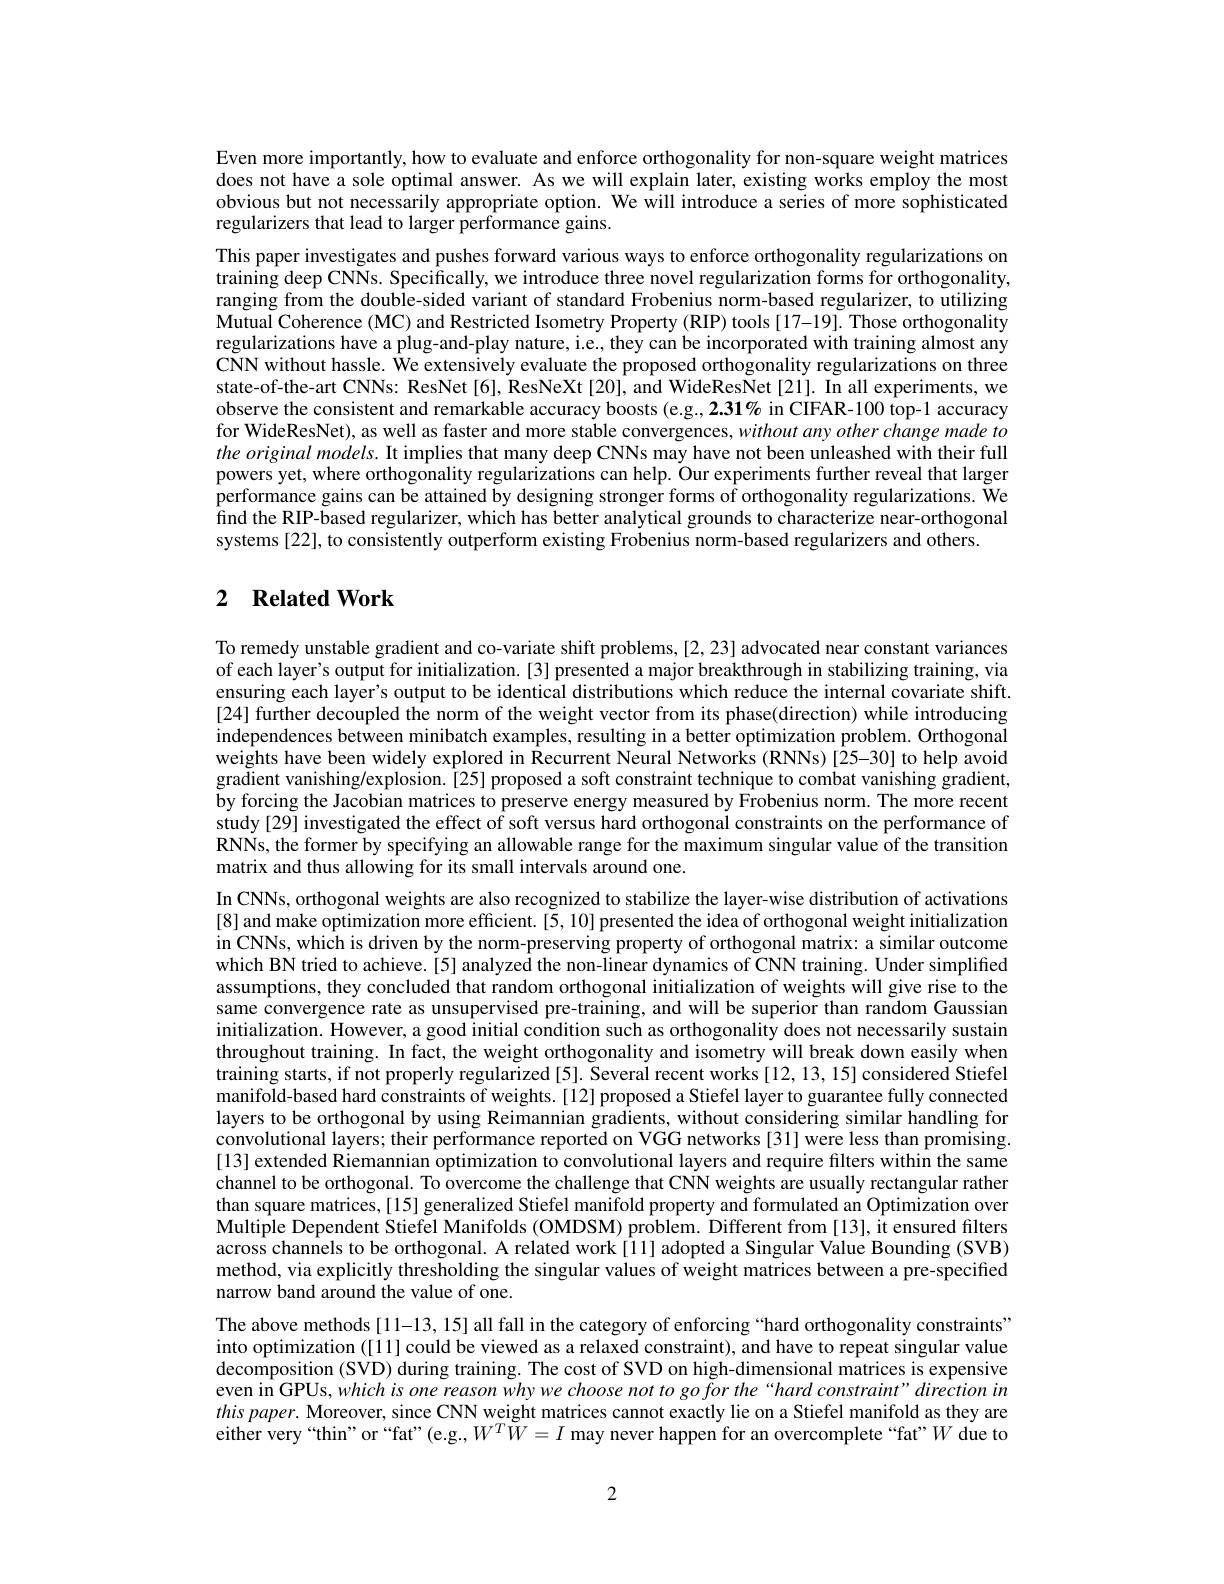
Even more importantly, how to evaluate and enforce orthogonality for non-square weight matrices does not have a sole optimal answer. As we will explain later, existing works employ the most obvious but not necessarily appropriate option. We will introduce a series of more sophisticated regularizers that lead to larger performance gains.

This paper investigates and pushes forward various ways to enforce orthogonality regularizations on training deep CNNs. Specifically, we introduce three novel regularization forms for orthogonality, ranging from the double-sided variant of standard Frobenius norm-based regularizer, to utilizing Mutual Coherence (MC) and Restricted Isometry Property (RIP) tools [17-19]. Those orthogonality regularizations have a plug-and-play nature, i.e., they can be incorporated with training almost any CNN without hassle. We extensively evaluate the proposed orthogonality regularizations on three state-of-the-art CNNs: ResNet[6], ResNeXt[20], and WideResNet[21]. In all experiments, we observe the consistent and remarkable accuracy boosts (e.g..2.31% in CIFAR-100 top-1 accuracy for WideResNet), as well as faster and more stable convergences, without any other change made to the original models. It implies that many deep CNNs may have not been unleashed with their full powers yet, where orthogonality regularizations can help. Our experiments further reveal that larger performance gains can be attained by designing stronger forms of orthogonality regularizations. We $\hat{\text{find the RIP-based regularizer, which has better analytical grounds to characterize near-orthogonal}}$ systems [22], to consistently outperform existing Frobenius norm-based regularizers and others.

## 2 $\textbf{Related Work}$

To remedy unstable gradient and co-variate shift problems, [2,23] advocated near constant variances of each layer's output for initialization.[3] presented a major breakthrough in stabilizing training, via ensuring each layer's output to be identical distributions which reduce the internal covariate shift. [24] further decoupled the norm of the weight vector from its phase(direction) while introducing independences between minibatch examples, resulting in a better optimization problem. Orthogonal weights have been widely explored in Recurrent Neural Networks (RNNs)[25-30] to help avoid gradient vanishing/explosion.[25] proposed a soft constraint technique to combat vanishing gradient, by forcing the Jacobian matrices to preserve energy measured by Frobenius norm. The more recent study[29] investigated the effect of soft versus hard orthogonal constraints on the performance of RNNs, the former by specifying an allowable range for the maximum singular value of the transition matrix and thus allowing for its small intervals around one.
In CNNs, orthogonal weights are also recognized to stabilize the layer-wise distribution of activations [8] and make optimization more efficient. [5, 10] presented the idea of orthogonal weight initialization in CNNs, which is driven by the norm-preserving property of orthogonal matrix: a similar outcome which BN tried to achieve. [5] analyzed the non-linear dynamics of CNN training. Under simplified assumptions, they concluded that random orthogonal initialization of weights will give rise to the same convergence rate as unsupervised pre-training, and will be superior than random Gaussian initialization. However, a good initial condition such as orthogonality does not necessarily sustain throughout training. In fact, the weight orthogonality and isometry will break down easily when training starts, if not properly regularized [5]. Several recent works [12, 13, 15] considered Stiefel manifold-based hard constraints of weights. [12] proposed a Stiefel layer to guarantee fully connected layers to be orthogonal by using Reimannian gradients, without considering similar handling for convolutional layers; their performance reported on VGG networks [31] were less than promising. [13] extended Riemannian optimization to convolutional layers and require filters within the same channel to be orthogonal. To overcome the challenge that CNN weights are usually rectangular rather than square matrices,[15] generalized Stiefel manifold property and formulated an Optimization over Multiple Dependent Stiefel Manifolds (OMDSM) problem. Different from [13], it ensured filters across channels to be orthogonal. A related work[11] adopted a Singular Value Bounding (SVB) method, via explicitly thresholding the singular values of weight matrices between a pre-specified narrow band around the value of one.
The above methods[11-13, 15] all fall in the category of enforcing “hard orthogonality constraints" into optimization ([11] could be viewed as a relaxed constraint), and have to repeat singular value decomposition (SVD) during training. The cost of SVD on high-dimensional matrices is expensive even in GPUs, which is one reason why we choose not to go for the“hard constraint” direction in $thispaper.$ Moreover, since CNN weight matrices cannot exactly lie on a Stiefel manifold as they are either very“thin”or“fat”(e.g.,$W^T\tilde{W}=I$ may never happen for an overcomplete“fat”$W$ due to

2